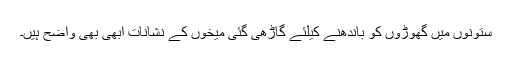
ستونوں میں گھوڑوں کو باندھنے کیلئے گاڑھی گئی میخوں کے نشانات ابھی بھی واضح ہیں۔